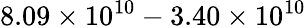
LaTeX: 8.09\times 10^{10}-3.40\times 10^{10}